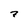
Character: 7